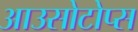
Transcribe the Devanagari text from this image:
आउसोटोप्स